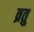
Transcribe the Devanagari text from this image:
व्रतु